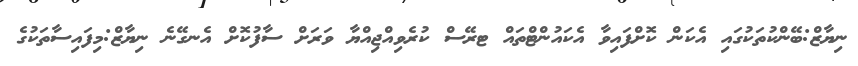
ނިޔާޒް:ބޭންކުތަކުގައި އެކަން ކޮށްފައިވާ އެކައުންޓްތައް ޓރޭސް ކުރެވިއްޖިއްޔާ ވަރަށް ސާފުކޮށް އެނގޭނެ ނިޔާޒް:މިފައިސާތަކުގެ